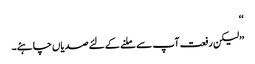
‘‘
’’لیکن رفعت آپ سے ملنے کے لئے صدیاں چاہئے۔